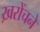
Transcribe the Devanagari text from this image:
ख़रोंचने